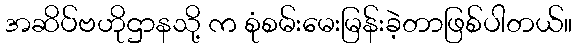
အဆိပ်ဗဟိုဌာနသို့ က စုံစမ်းမေးမြန်းခဲ့တာဖြစ်ပါတယ်။